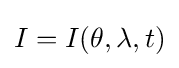
I=I(\theta ,\lambda ,t)